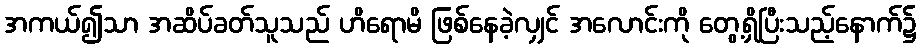
အကယ်၍သာ အဆိပ်ခတ်သူသည် ဟိရောမိ ဖြစ်နေခဲ့လျှင် အလောင်းကို တွေ့ရှိပြီးသည့်နောက်၌